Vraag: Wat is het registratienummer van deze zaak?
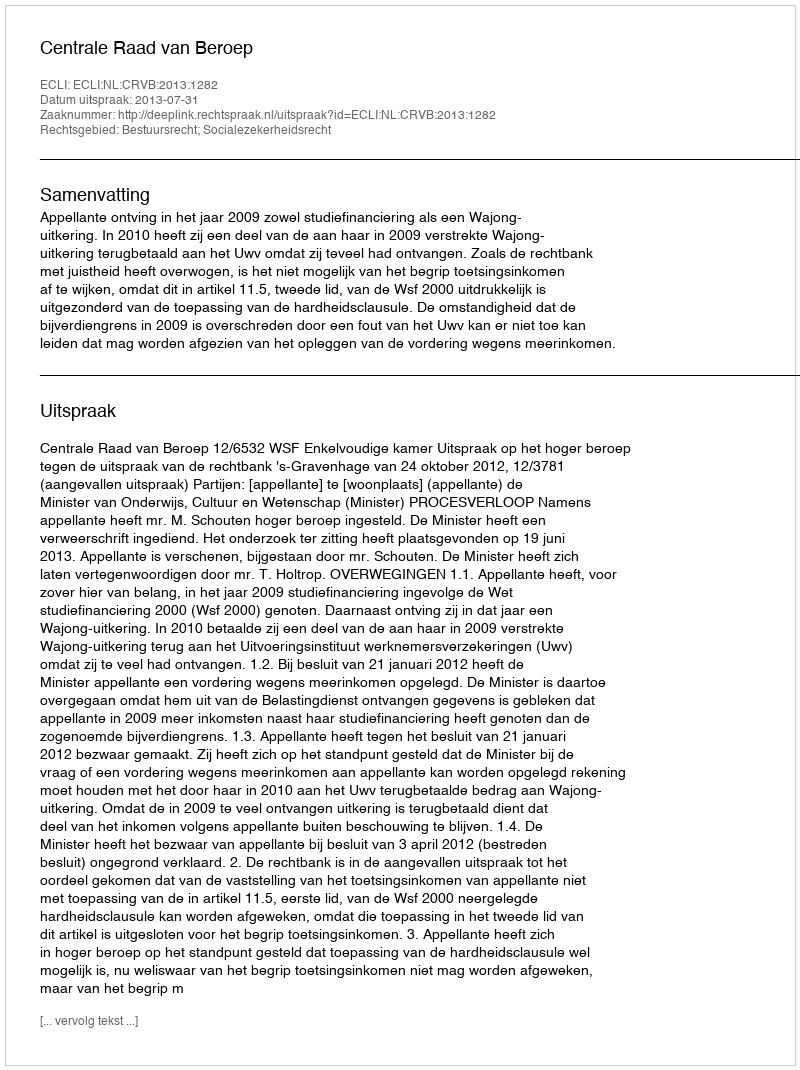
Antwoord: http://deeplink.rechtspraak.nl/uitspraak?id=ECLI:NL:CRVB:2013:1282